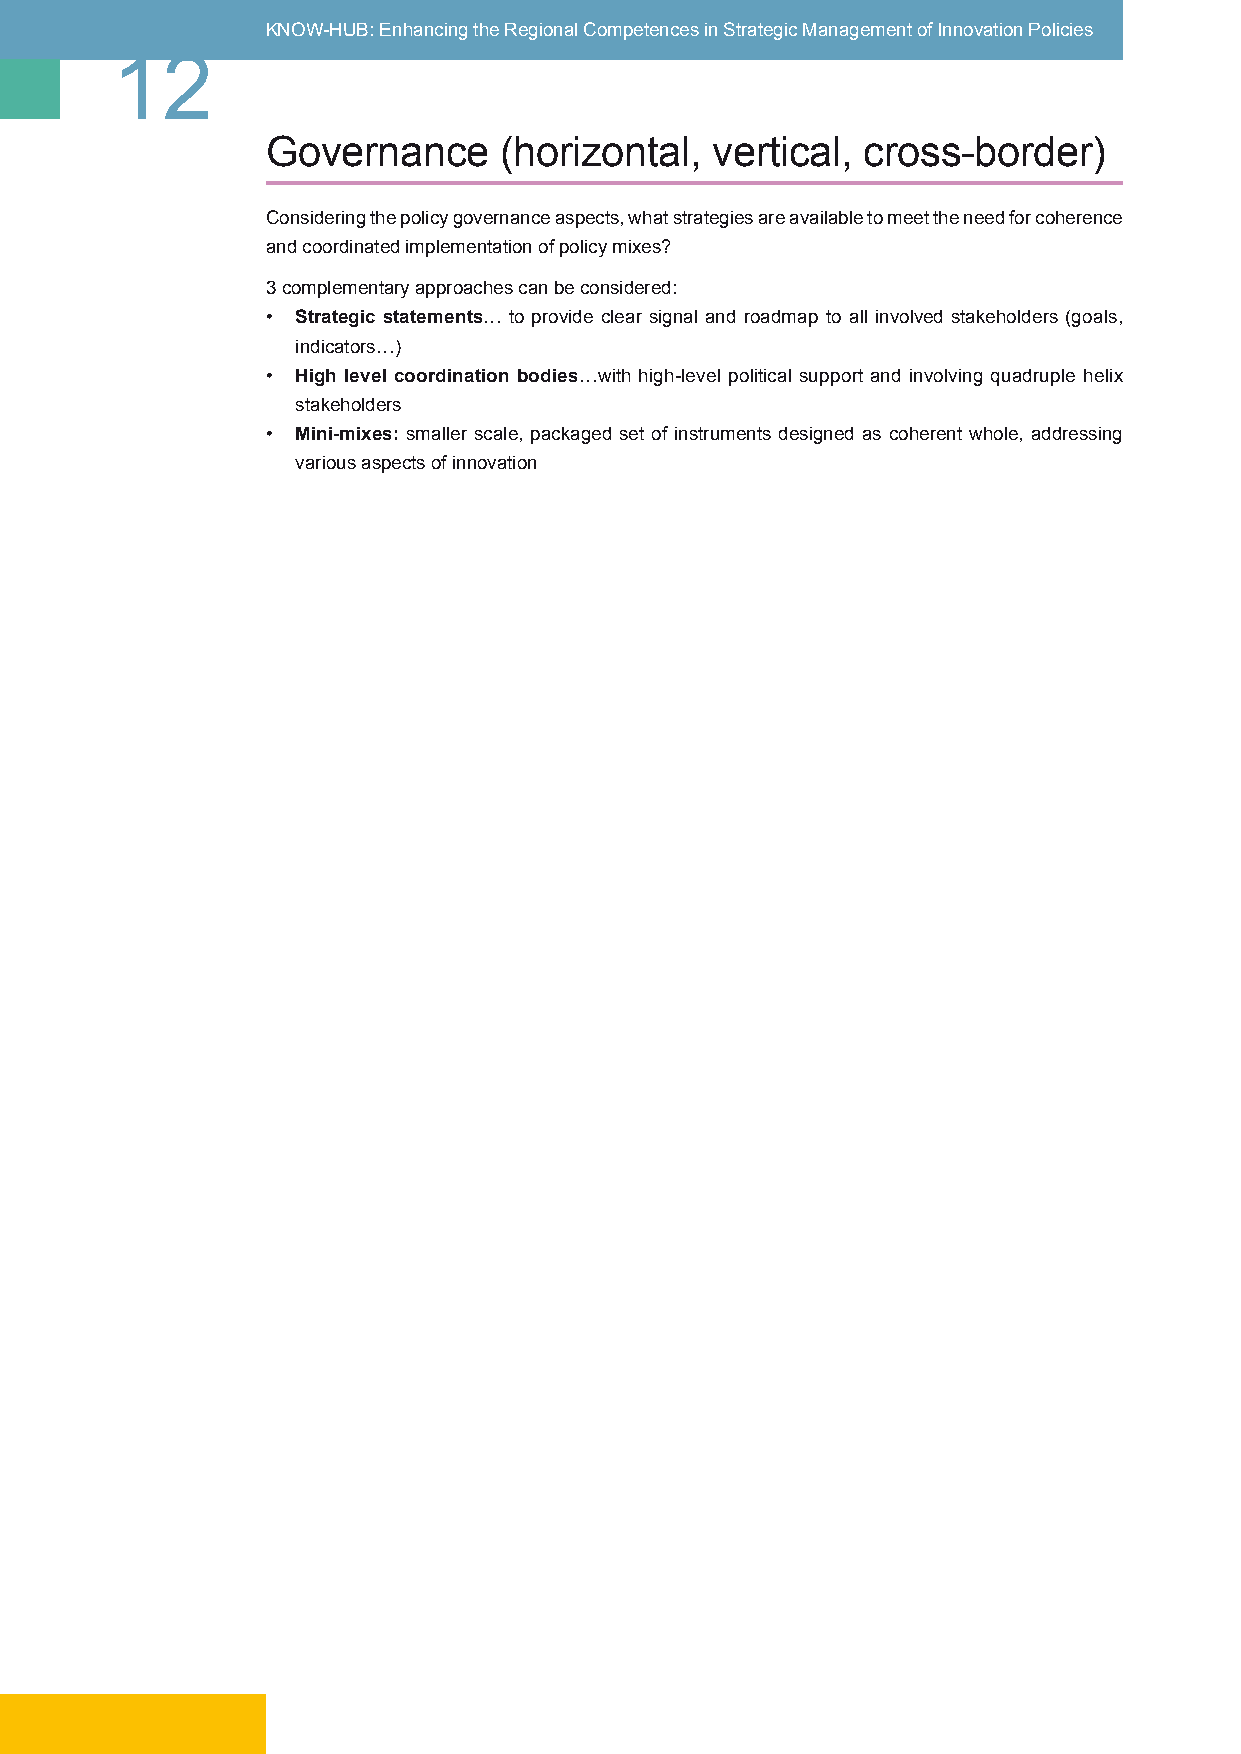
KNOW-HUB: Enhancing the Regional Competences in Strategic Management of Innovation Policies
 12
 Governance     (horizontal,  vertical, cross-border)
 Considering the policy governance aspects, what strategies are available to meet the need for coherence
 and coordinated implementation of policy mixes?
 3 complementary approaches can be considered:
 • Strategic statements… to provide clear signal and roadmap to all involved stakeholders (goals,
 indicators…)
 • High level coordination bodies…with high-level political support and involving quadruple helix
 stakeholders
 • Mini-mixes: smaller scale, packaged set of instruments designed as coherent whole, addressing
 various aspects of innovation